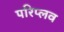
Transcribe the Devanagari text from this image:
परिप्लव